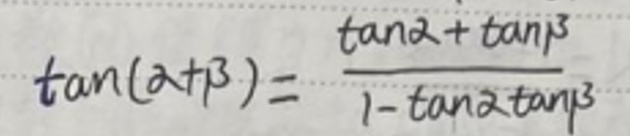
\[
\tan(\alpha+\beta)=\frac{\tan\alpha+\tan\beta}{1 - \tan\alpha\tan\beta}
\]